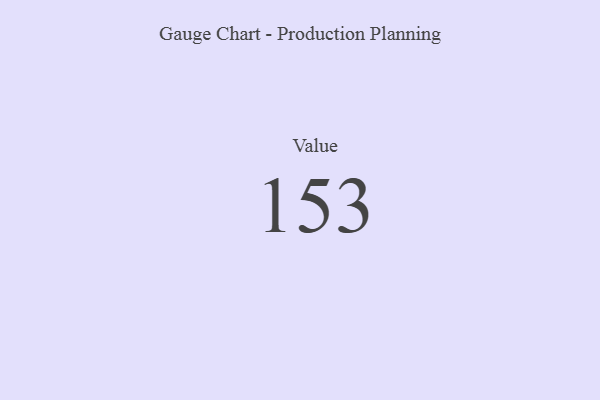
{"axis": {"x": "Metric", "y": "Value"}, "legend": [""], "data": [{"x": "Value", "y": 153, "type": ""}]}